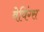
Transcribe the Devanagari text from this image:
वेविंग्स